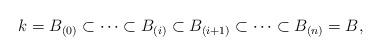
LaTeX: \begin{align*} k = B_{(0)} \subset \cdots \subset B_{(i)} \subset B_{(i+1)} \subset \cdots \subset B_{(n)} = B, \end{align*}